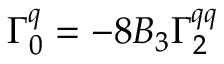
\Gamma _ { 0 } ^ { q } = - 8 B _ { 3 } \Gamma _ { 2 } ^ { q q }